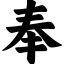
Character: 奉